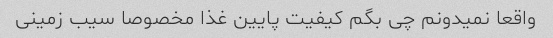
واقعا نمیدونم چی بگم کیفیت پایین غذا مخصوصا سیب زمینی